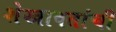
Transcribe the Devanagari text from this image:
शेखावतांची